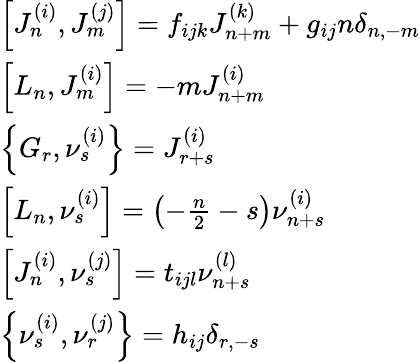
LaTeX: \begin{array}{l}{{\left[J_{n}^{\left(i\right)},J_{m}^{\left(j\right)}\right]=f_{ijk}J_{n+m}^{\left(k\right)}+g_{ij}n\delta_{n,-m}}}\\ {{\left[L_{n},J_{m}^{\left(i\right)}\right]=-mJ_{n+m}^{\left(i\right)}}}\\ {{\left\{ G_{r},\nu_{s}^{\left(i\right)}\right\} =J_{r+s}^{\left(i\right)}}}\\ {{\left[L_{n},\nu_{s}^{\left(i\right)}\right]=\left(-\frac n2-s\right)\nu_{n+s}^{\left(i\right)}}}\\ {{\left[J_{n}^{\left(i\right)},\nu_{s}^{\left(j\right)}\right]=t_{ijl}\nu_{n+s}^{\left(l\right)}}}\\ {{\left\{ \nu_{s}^{\left(i\right)},\nu_{r}^{\left(j\right)}\right\} =h_{ij}\delta_{r,-s}}}\end{array}